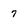
Character: 7